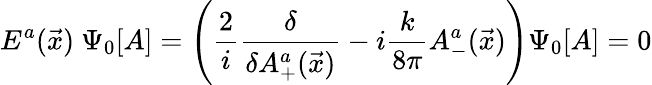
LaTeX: E^{a}(\vec{x})~\Psi_{0}[A]=\left(\frac{2}{i}\frac{\delta}{\delta A_{+}^{a}(\vec{x})}-i\frac{k}{8\pi}A_{-}^{a}(\vec{x})\right)\Psi_{0}[A]=0